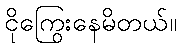
ငိုကြွေးနေမိတယ်။